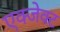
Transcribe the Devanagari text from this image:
एक्जेक्ट